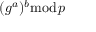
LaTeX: ( g ^ { a } ) ^ { b } { \bmod { p } }